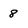
Character: 8